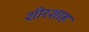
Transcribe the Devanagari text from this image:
शीरशाह